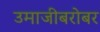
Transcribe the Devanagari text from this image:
उमाजीबरोबर